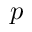
p